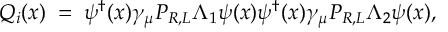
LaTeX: { \cal Q } _ { i } ( x ) \; = \; \psi ^ { \dagger } ( x ) \gamma _ { \mu } { P } _ { R , L } \Lambda _ { 1 } \psi ( x ) \psi ^ { \dagger } ( x ) \gamma _ { \mu } { P } _ { R , L } \Lambda _ { 2 } \psi ( x ) ,